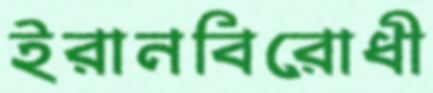
ইরানবিরোধী